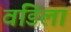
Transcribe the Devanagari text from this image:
वडिलां